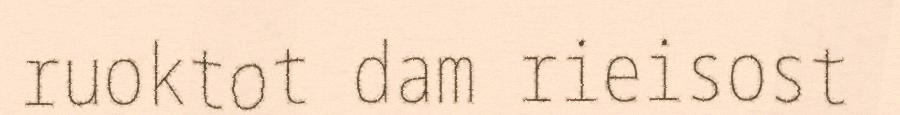
ruoktot dam rieisost